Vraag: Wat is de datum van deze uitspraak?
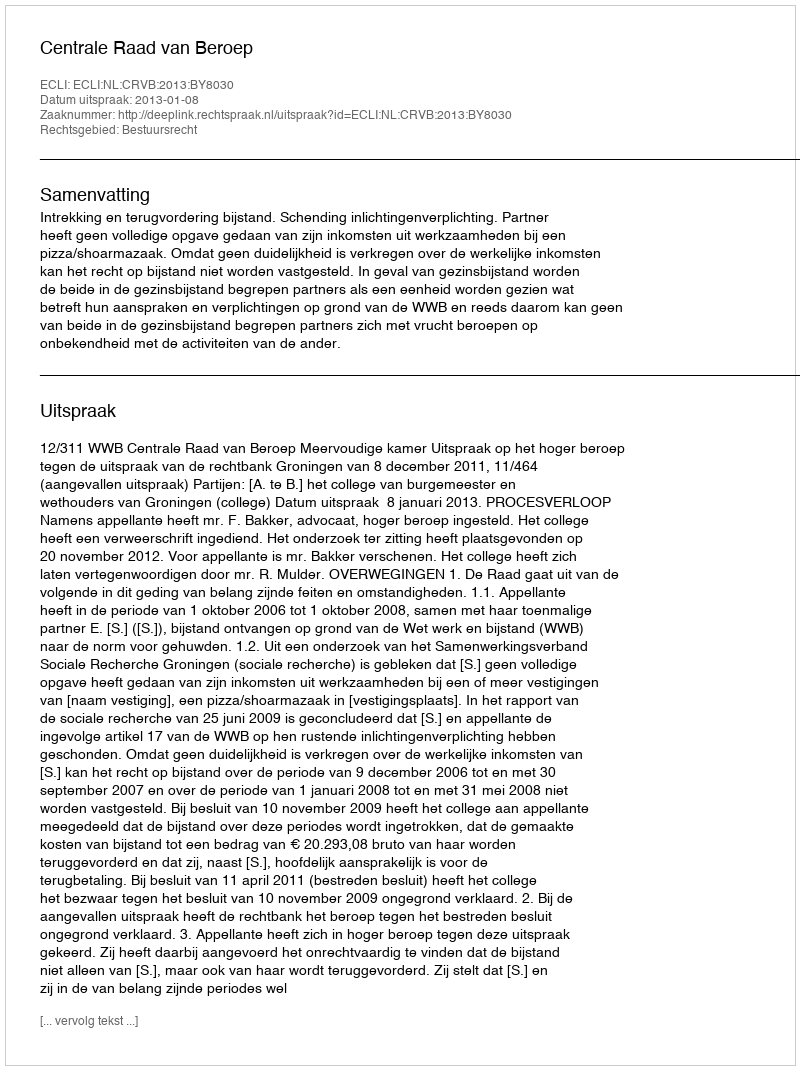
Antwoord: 2013-01-08